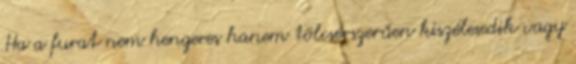
Ha a furat nem hengeres hanem tölcsérszerűen kiszélesedik vagy